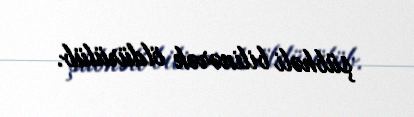
şübhəli bilinərək öldürülüb.